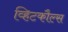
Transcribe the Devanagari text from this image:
व्हिटकौल्स